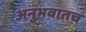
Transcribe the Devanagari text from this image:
अनुभवातच